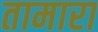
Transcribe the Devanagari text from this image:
तामारा